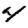
Digit: 4